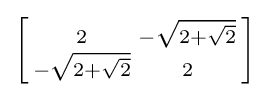
\left[{\begin{smallmatrix}2&-{\sqrt {2+{\sqrt {2}}}}\\-{\sqrt {2+{\sqrt {2}}}}&2\end{smallmatrix}}\right]